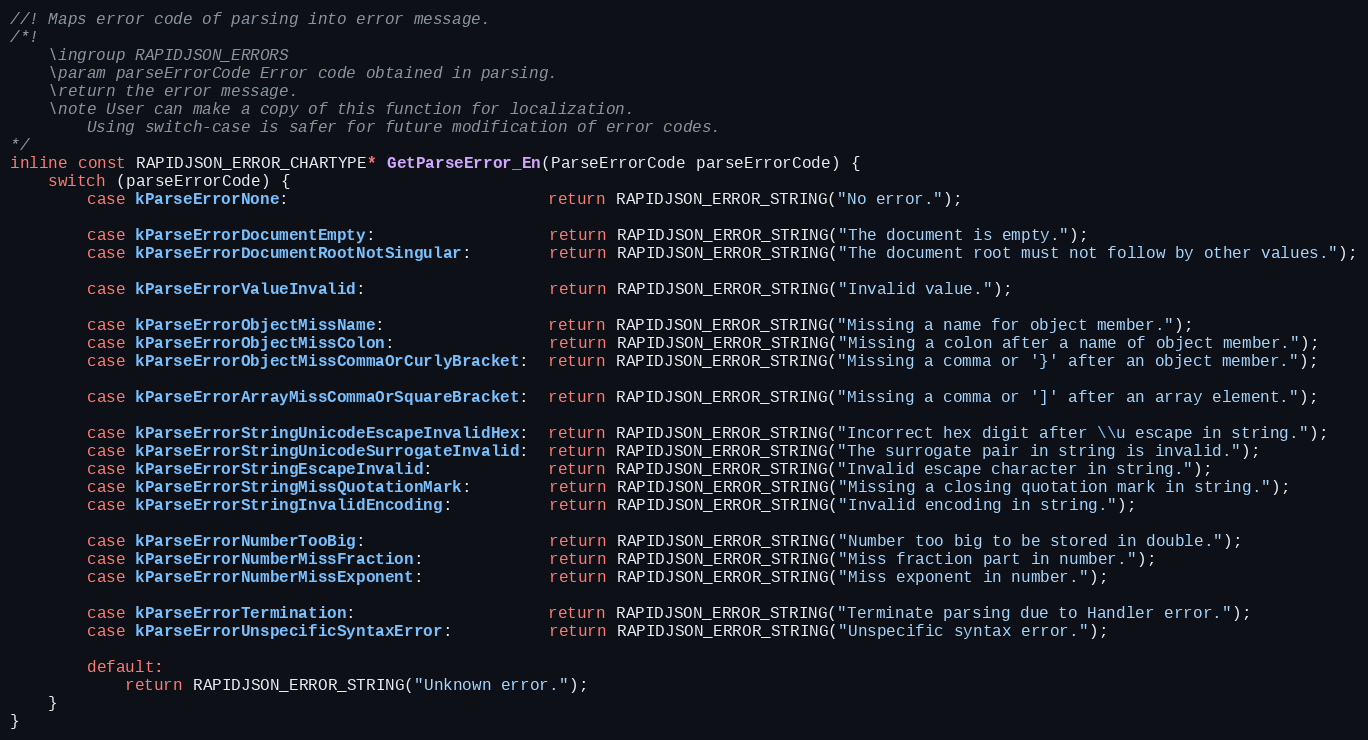
Language: C
//! Maps error code of parsing into error message.
/*!
    \ingroup RAPIDJSON_ERRORS
    \param parseErrorCode Error code obtained in parsing.
    \return the error message.
    \note User can make a copy of this function for localization.
        Using switch-case is safer for future modification of error codes.
*/
inline const RAPIDJSON_ERROR_CHARTYPE* GetParseError_En(ParseErrorCode parseErrorCode) {
    switch (parseErrorCode) {
        case kParseErrorNone:                           return RAPIDJSON_ERROR_STRING("No error.");

        case kParseErrorDocumentEmpty:                  return RAPIDJSON_ERROR_STRING("The document is empty.");
        case kParseErrorDocumentRootNotSingular:        return RAPIDJSON_ERROR_STRING("The document root must not follow by other values.");

        case kParseErrorValueInvalid:                   return RAPIDJSON_ERROR_STRING("Invalid value.");

        case kParseErrorObjectMissName:                 return RAPIDJSON_ERROR_STRING("Missing a name for object member.");
        case kParseErrorObjectMissColon:                return RAPIDJSON_ERROR_STRING("Missing a colon after a name of object member.");
        case kParseErrorObjectMissCommaOrCurlyBracket:  return RAPIDJSON_ERROR_STRING("Missing a comma or '}' after an object member.");

        case kParseErrorArrayMissCommaOrSquareBracket:  return RAPIDJSON_ERROR_STRING("Missing a comma or ']' after an array element.");

        case kParseErrorStringUnicodeEscapeInvalidHex:  return RAPIDJSON_ERROR_STRING("Incorrect hex digit after \\u escape in string.");
        case kParseErrorStringUnicodeSurrogateInvalid:  return RAPIDJSON_ERROR_STRING("The surrogate pair in string is invalid.");
        case kParseErrorStringEscapeInvalid:            return RAPIDJSON_ERROR_STRING("Invalid escape character in string.");
        case kParseErrorStringMissQuotationMark:        return RAPIDJSON_ERROR_STRING("Missing a closing quotation mark in string.");
        case kParseErrorStringInvalidEncoding:          return RAPIDJSON_ERROR_STRING("Invalid encoding in string.");

        case kParseErrorNumberTooBig:                   return RAPIDJSON_ERROR_STRING("Number too big to be stored in double.");
        case kParseErrorNumberMissFraction:             return RAPIDJSON_ERROR_STRING("Miss fraction part in number.");
        case kParseErrorNumberMissExponent:             return RAPIDJSON_ERROR_STRING("Miss exponent in number.");

        case kParseErrorTermination:                    return RAPIDJSON_ERROR_STRING("Terminate parsing due to Handler error.");
        case kParseErrorUnspecificSyntaxError:          return RAPIDJSON_ERROR_STRING("Unspecific syntax error.");

        default:
            return RAPIDJSON_ERROR_STRING("Unknown error.");
    }
}